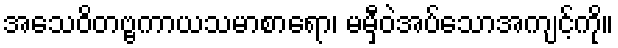
အသေဝိတဗ္ဗကာယသမာစာရော၊ မမှီဝဲအပ်သောအကျင့်ကို။